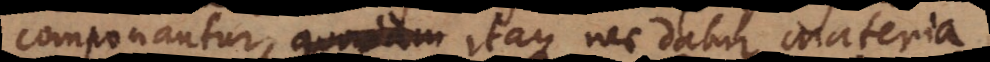
componantur, itaque nec datur materia